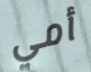
أمي